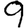
Digit: 9